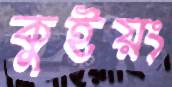
কুইয়ং